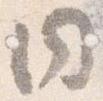
同